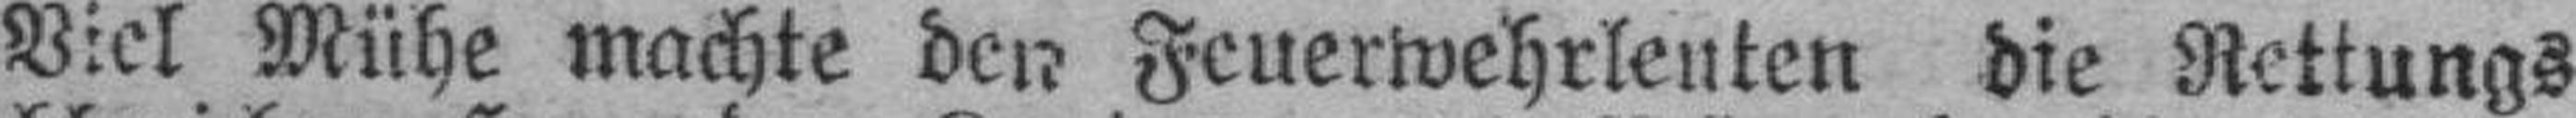
Viel Mühe machte den Feuerwehrleuten die Rettungs